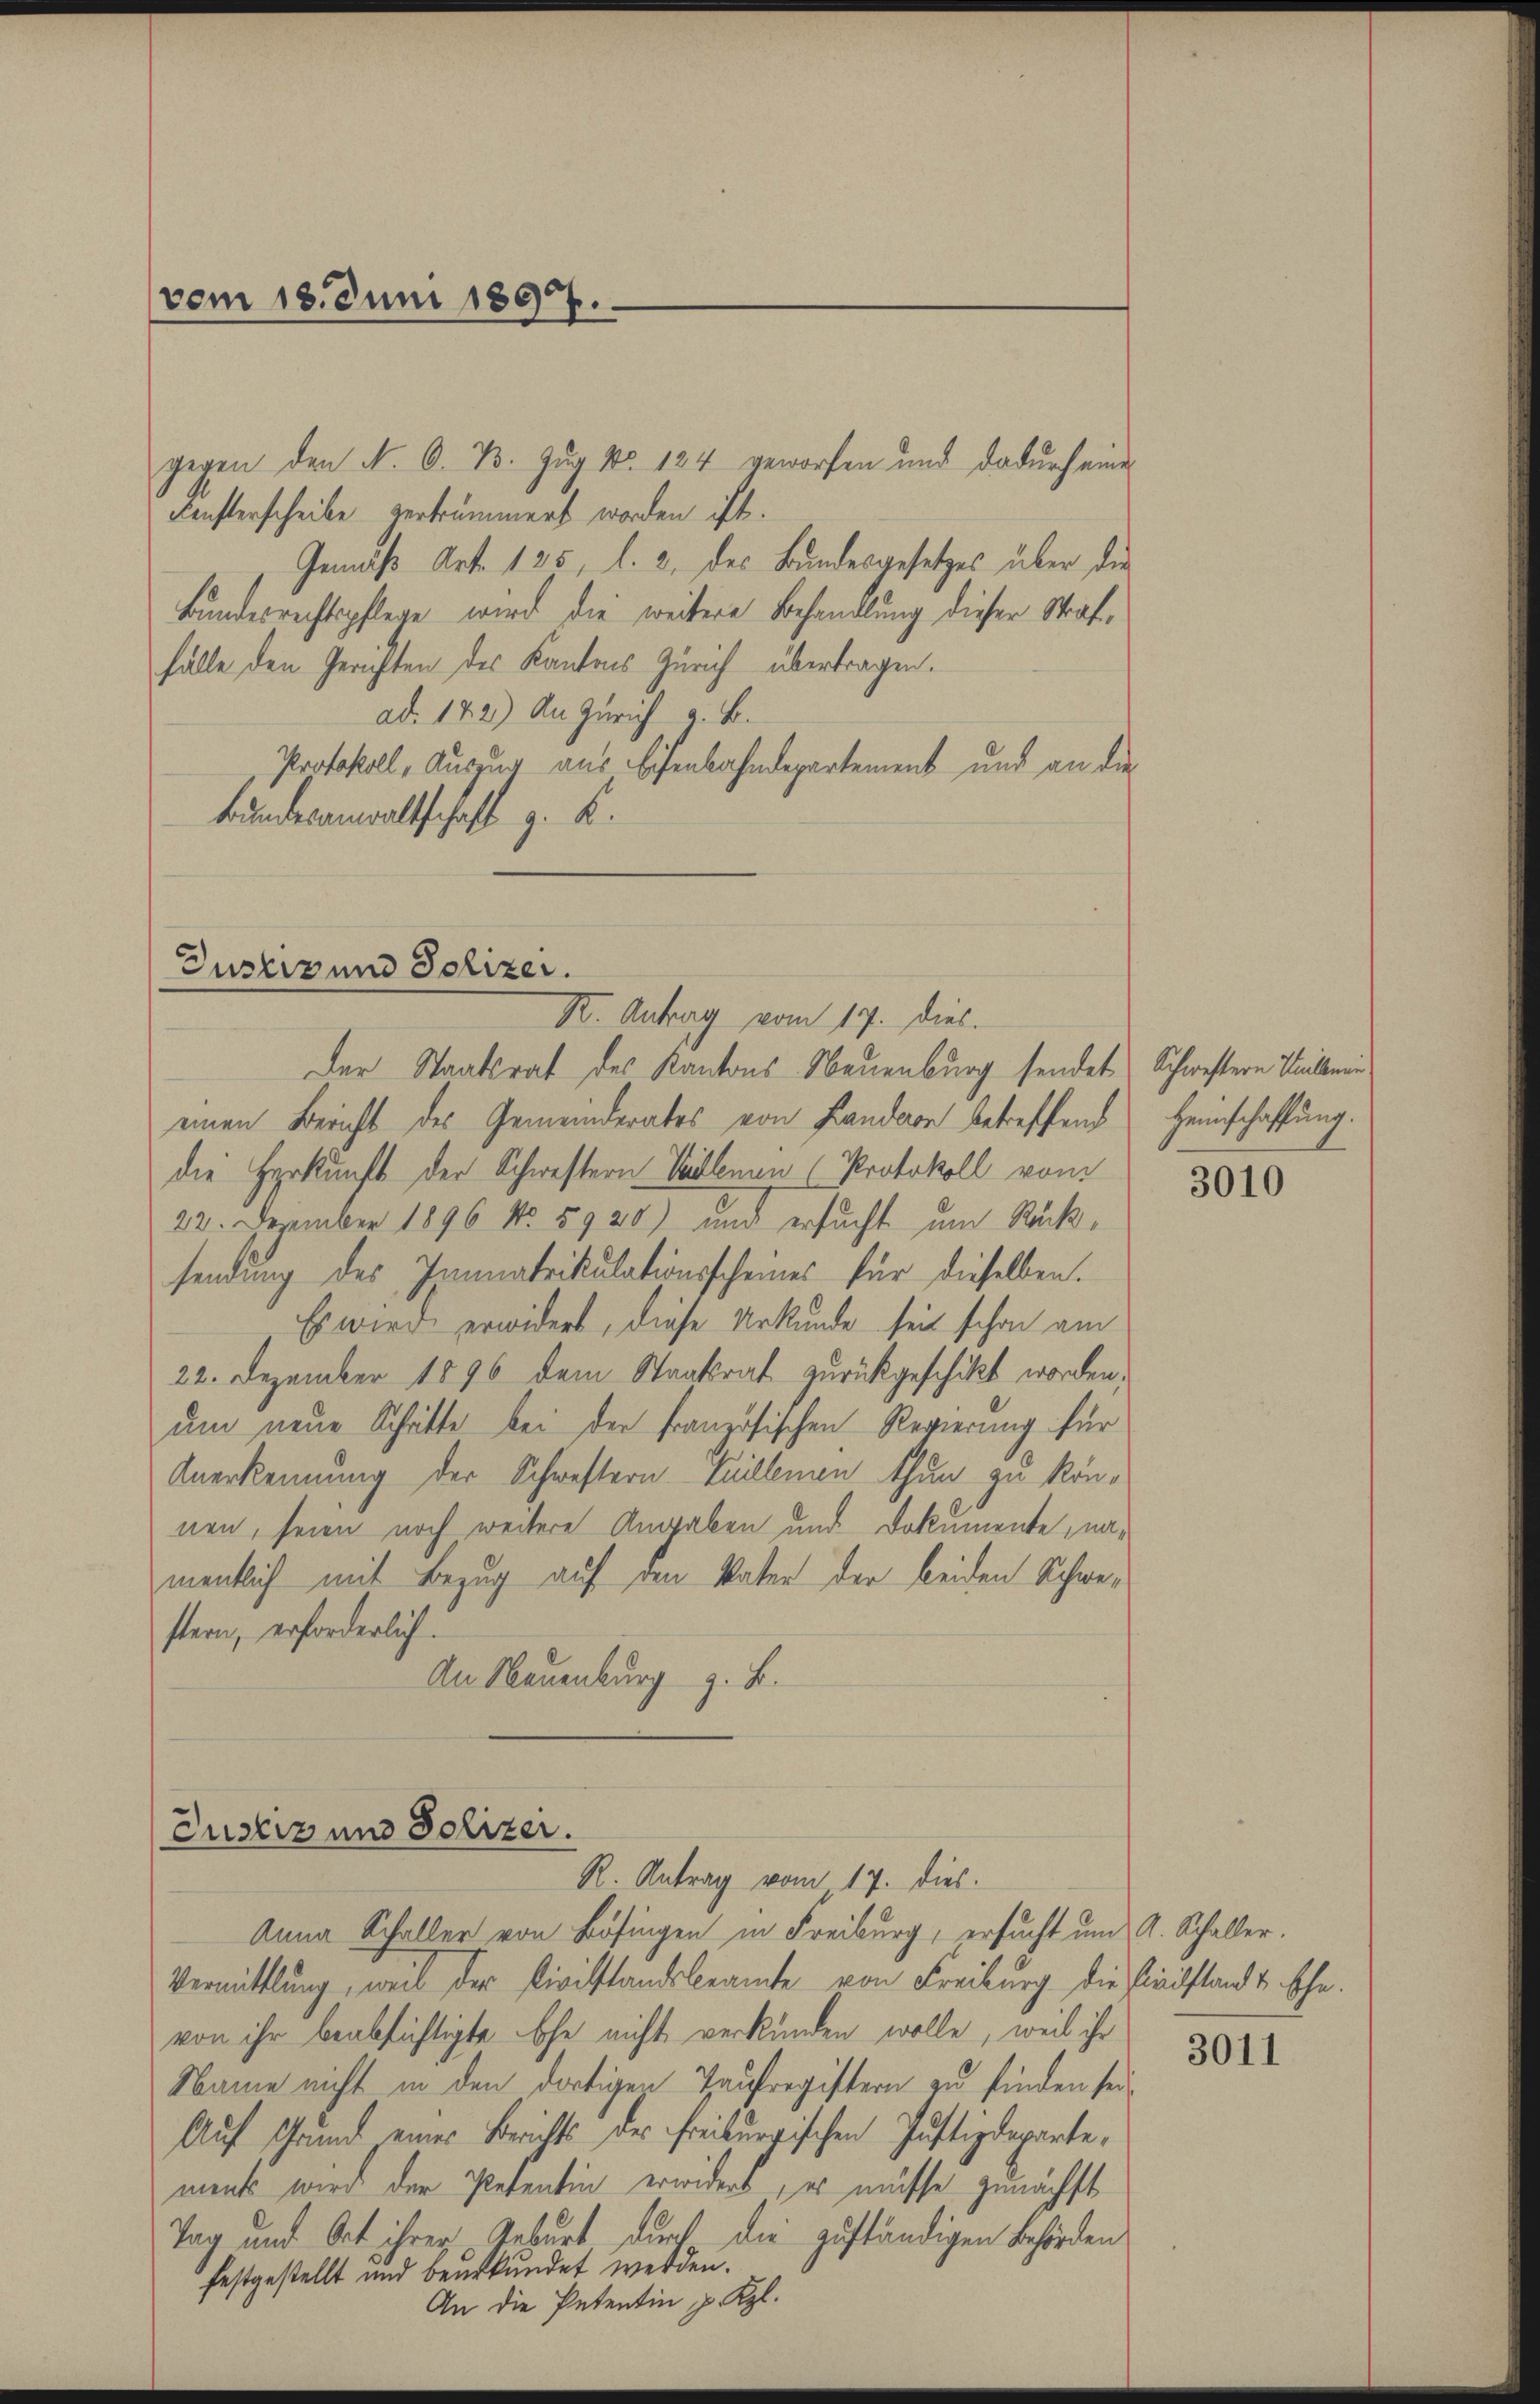
vom 18. Juni 1897.

gegen den N. O. B. Zug No. 124 geworfen und dadurch eine
Fensterscheibe verkrümmert worden ist.
Gemäß Art. 125, l. 2. des Bundesgesetzes über die
Bundesrechtspflege wird die weitere Behandlung dieser Straffälle den Gerichten des Kantons Zürich übertragen.
ad. 142) An Zürich a. B.
Protokoll, Auszug aus Eisenbahndepartement und an die
Bundesanwaltschaft z. B.

Justiz und Polizei.
Kt. Antrag vom 17. dies.

Justiz und Polizer.
R. Antrag vom 17. dies.

Der Staatsrat des Kantons Neuenburg sendet Schwestern Teilemen
einen Bericht des Gemeinderates von Landson betreffend Heimschaffung.
die Herkunft der Schwestern Villnau Protokoll vom
22. Dezember 1896 No. 5920) und ersucht um Rücksendung des Innnatrikulationsscheines für dieselben.
Es wird erwidert, diese Urkunde seit schon am
22. Dezember 1896 dem Staatsrat zurückgeschikt worden,
um neue Schritte bei der Französischen Regierung für
Anerkennung der Schwestern Kellnau thun zu können, seien noch weitere Angaben und Dokumente, namentlich mit Bezug auf den Vater der beiden Schwestern, erforderlich.
An Neuenburg z. B.

Anna Schaller von Bösingen in Freiburg, ersucht um A. Schaller.
Vermittlung, weil der Civilstandsbeamte von Freiburg die Kindstand & Ehe.
von ihr beabsichtigte Ehe nicht verkünden wolle, weil ihr
Name nicht in den dortigen Taufregistern zu finden sei.
Auf Grund eines Berichts der Freiburgischen Justizdepartement wird der Petentin erwidert, er müsse zunächst
Tag und Ort ihrer Geburt durch die zuständigen Behörden
festgestellt und beurkundet werden.
An die Petentin p. Kgl.

3010

3011